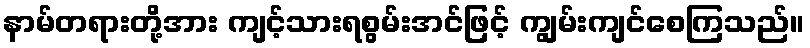
နာမ်တရားတို့အား ကျင့်သားရစွမ်းအင်ဖြင့် ကျွမ်းကျင်စေကြသည်။